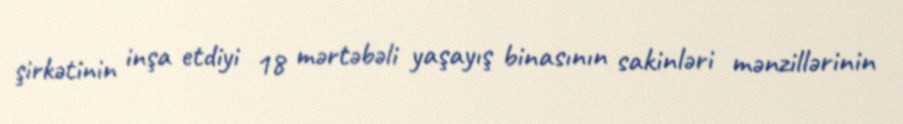
şirkətinin inşa etdiyi 18 mərtəbəli yaşayış binasının sakinləri mənzillərinin